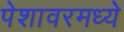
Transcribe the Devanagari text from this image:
पेशावरमध्ये